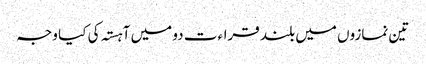
تین نمازوں میں بلند قراءت دو میں آہستہ کی کیا وجہ